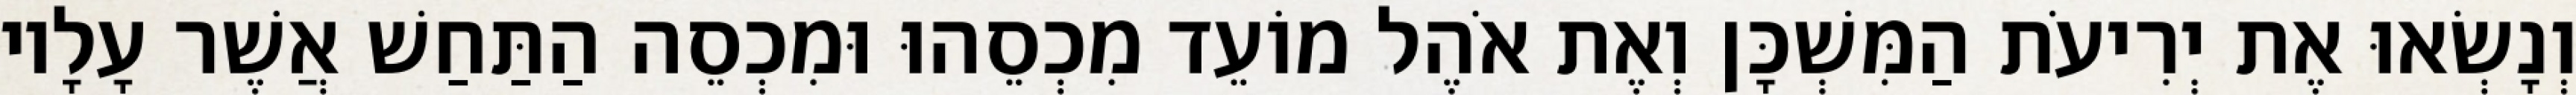
וְנָשְׂאוּ אֶת יְרִיעֹת הַמִּשְׁכָּן וְאֶת אֹהֶל מוֹעֵד מִכְסֵהוּ וּמִכְסֵה הַתַּחַשׁ אֲשֶׁר עָלָיו